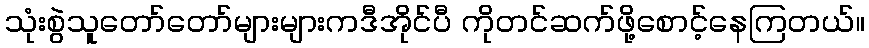
သုံးစွဲသူတော်တော်များများကဒီအိုင်ပီ ကိုတင်ဆက်ဖို့စောင့်နေကြတယ်။